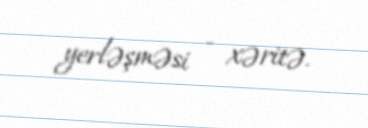
yerləşməsi - xəritə.